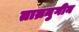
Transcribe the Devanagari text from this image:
ताम्रयुगीन